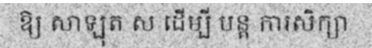
ឱ្យ សាឡុត ស ដើម្បី បន្ត ការសិក្សា